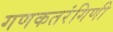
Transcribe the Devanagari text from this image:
गणकतरंगिणी